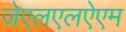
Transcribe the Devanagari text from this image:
जेएलएलऐएम